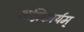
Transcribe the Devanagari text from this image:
अग्निकार्यम्